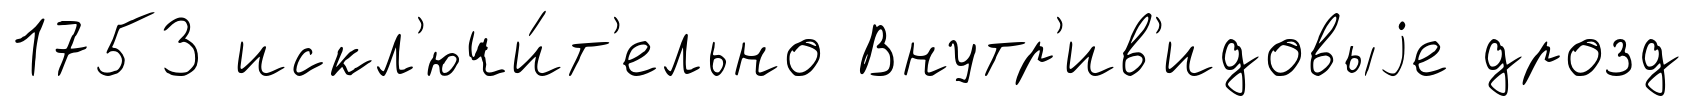
1753 искл'ючи́т'ельно Внутр'ив'идовыjе дрозд